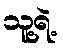
သူ့ရဲ့